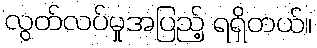
လွတ်လပ်မှုအပြည့် ရရှိတယ်။